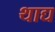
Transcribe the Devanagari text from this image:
थाद्य